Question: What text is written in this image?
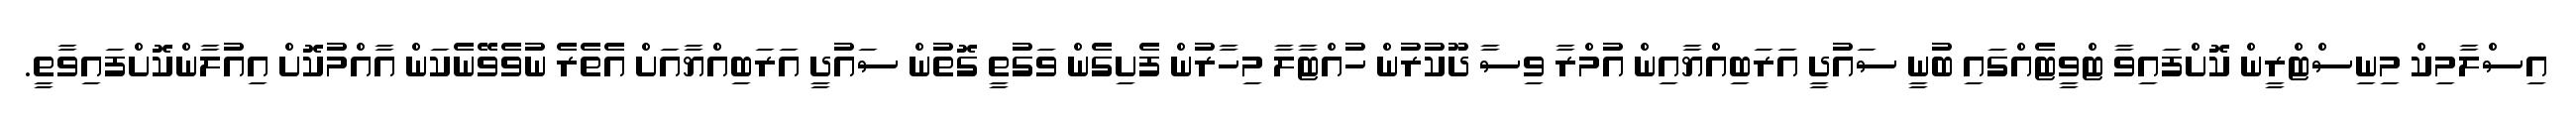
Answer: އިސްލާމިކް މިނިސްޓްރީން ކޮށްފައިވާ ޓްވީޓެއްގައި ބުނީ ސައުދީ އަރަބިއްޔާއިން އުމްރާ ވިސާ ދޫކުރުން ހުއްޓާލާ މިހާރުން ފެށިގެން ވަގުތީ ގޮތުން ސައުދިީ އަރަބިއްޔާއަށް އެތެރެ ނުވެވޭނެކަން އާއްމުކޮށް އިއުލާންކޮށްފައިވާތީ.